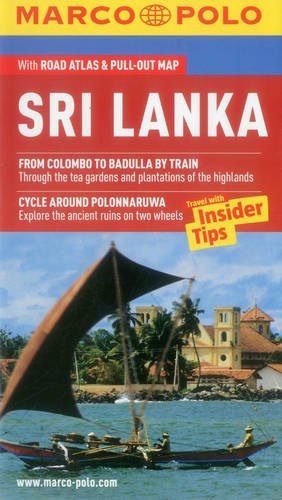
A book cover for Sri Lanka Marco Polo Guide (Marco Polo Guides); Marco Polo Travel; Travel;